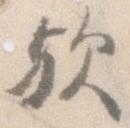
歟